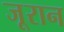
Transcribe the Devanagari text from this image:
जूरान